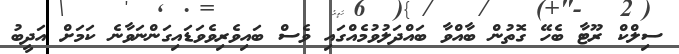
ސިލްކް ރޫޓާ ބެހޭ ގޮތުން ބާއްވާ ބައްދަލުވުމެއްގައި ވެސް ބައިވެރިވެވަޑައިގަންނަވާނެ ކަމަށް އަދީބު